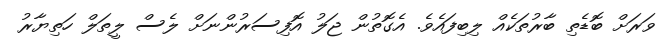
ވަރަށް ބޮޑެތި ބާރުތަކެއް ލިބިފައެވެ. އެގޮތުން ޖަލު އޮފިސަރުންނަށް ލެސް ލީތަލް ހަތިޔާރު